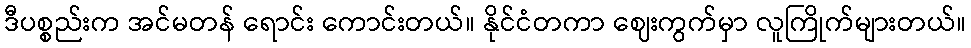
ဒီပစ္စည်းက အင်မတန် ရောင်း ကောင်းတယ်။ နိုင်ငံတကာ ဈေးကွက်မှာ လူကြိုက်များတယ်။